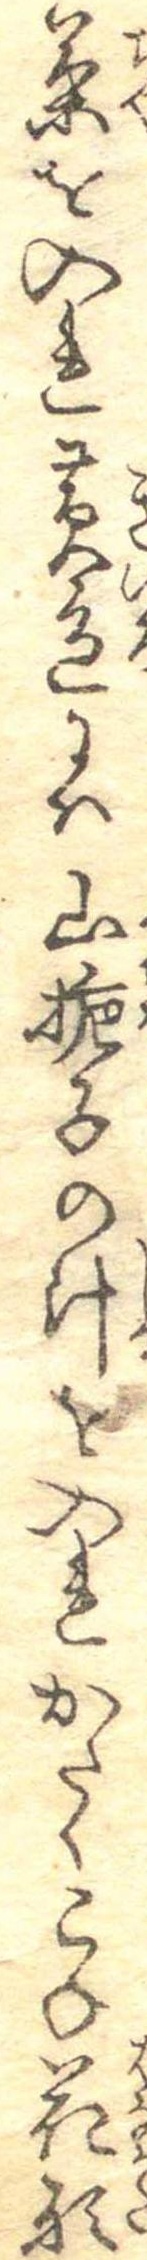
茶を入れ黄色には山梔子の汁を入れかたくこね花形